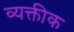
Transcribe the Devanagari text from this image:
व्यक्तीक